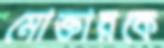
মোক্তারকে